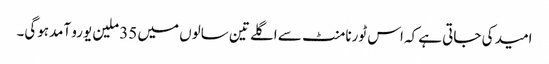
امید کی جاتی ہے کہ اس ٹورنامنٹ سے اگلے تین سالوں میں 35 ملین یورو آمدہوگی۔